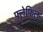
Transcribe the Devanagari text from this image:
फ़्लेफ़िल